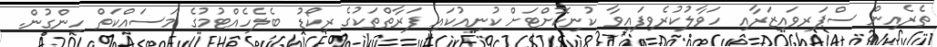
ތެރެއިން ސްޕަރވައިޒަރާއި ހަވާލުކުރެވިފައިވާ ކުނިކޮށްޓަށް ކުނިއުކައި ފަރާތްތަކުގެ ރިކޯޑު ބެލެހެއްޓުމުގެ މަސައްކަތް ހިންގުން.